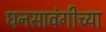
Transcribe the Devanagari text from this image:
घनसावंगीच्या